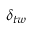
\delta _ { t w }